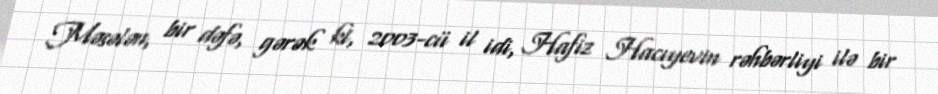
Məsələn, bir dəfə, gərək ki, 2003-cü il idi, Hafiz Hacıyevin rəhbərliyi ilə bir